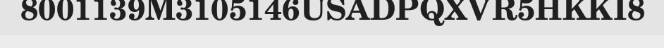
8001139M3105146USADPQXVR5HKKI8